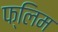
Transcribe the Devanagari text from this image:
फ्लिम